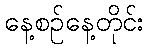
နေ့စဉ်နေ့တိုင်း